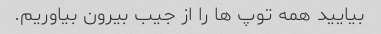
بیایید همه توپ ها را از جیب بیرون بیاوریم.